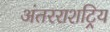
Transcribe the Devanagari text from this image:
अंतरराशट्रिय